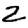
Digit: 2